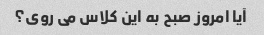
آیا امروز صبح به این کلاس می روی؟